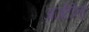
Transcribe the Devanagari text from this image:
अर्जेंटीनो